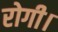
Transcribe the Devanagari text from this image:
रोगी।